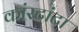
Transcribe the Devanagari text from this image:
कांस्टांटा